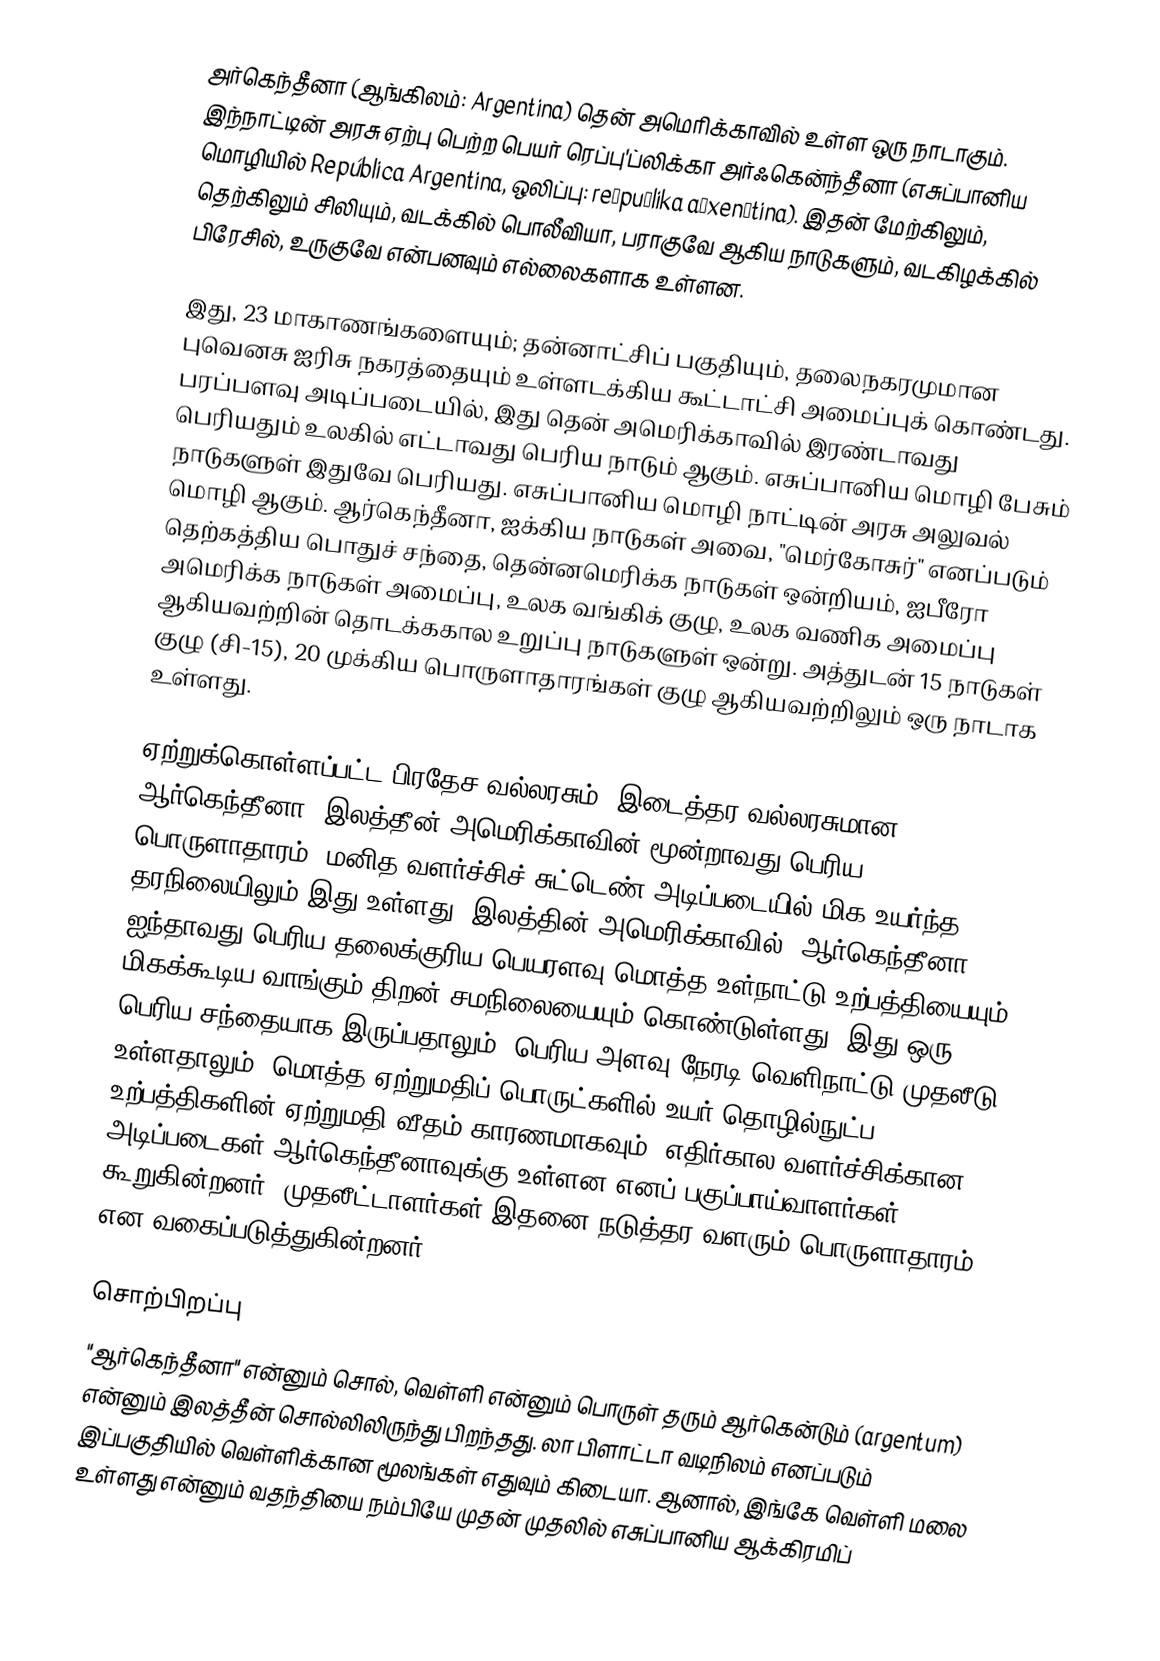
அர்கெந்தீனா (ஆங்கிலம்: Argentina) தென் அமெரிக்காவில் உள்ள ஒரு நாடாகும். இந்நாட்டின் அரசு ஏற்பு பெற்ற பெயர் ரெப்பு'ப்லிக்கா அர்ஃகென்ந்தீனா (எசுப்பானிய மொழியில் República Argentina, ஒலிப்பு: reˈpuβlika aɾxenˈtina). இதன் மேற்கிலும், தெற்கிலும் சிலியும், வடக்கில் பொலீவியா, பராகுவே ஆகிய நாடுகளும், வடகிழக்கில் பிரேசில், உருகுவே என்பனவும் எல்லைகளாக உள்ளன.

இது, 23 மாகாணங்களையும்; தன்னாட்சிப் பகுதியும், தலைநகரமுமான புவெனசு ஐரிசு நகரத்தையும் உள்ளடக்கிய கூட்டாட்சி அமைப்புக் கொண்டது. பரப்பளவு அடிப்படையில், இது தென் அமெரிக்காவில் இரண்டாவது பெரியதும் உலகில் எட்டாவது பெரிய நாடும் ஆகும். எசுப்பானிய மொழி பேசும் நாடுகளுள் இதுவே பெரியது. எசுப்பானிய மொழி நாட்டின் அரசு அலுவல் மொழி ஆகும். ஆர்கெந்தீனா, ஐக்கிய நாடுகள் அவை, "மெர்கோசுர்" எனப்படும் தெற்கத்திய பொதுச் சந்தை, தென்னமெரிக்க நாடுகள் ஒன்றியம், ஐபீரோ அமெரிக்க நாடுகள் அமைப்பு, உலக வங்கிக் குழு, உலக வணிக அமைப்பு ஆகியவற்றின் தொடக்ககால உறுப்பு நாடுகளுள் ஒன்று. அத்துடன் 15 நாடுகள் குழு (சி-15), 20 முக்கிய பொருளாதாரங்கள் குழு ஆகியவற்றிலும் ஒரு நாடாக உள்ளது.

ஏற்றுக்கொள்ளப்பட்ட பிரதேச வல்லரசும், இடைத்தர வல்லரசுமான ஆர்கெந்தீனா, இலத்தீன் அமெரிக்காவின் மூன்றாவது பெரிய பொருளாதாரம். மனித வளர்ச்சிச் சுட்டெண் அடிப்படையில் மிக உயர்ந்த தரநிலையிலும் இது உள்ளது. இலத்தின் அமெரிக்காவில், ஆர்கெந்தீனா ஐந்தாவது பெரிய தலைக்குரிய பெயரளவு மொத்த உள்நாட்டு உற்பத்தியையும், மிகக்கூடிய வாங்கும் திறன் சமநிலையையும் கொண்டுள்ளது. இது ஒரு பெரிய சந்தையாக இருப்பதாலும், பெரிய அளவு நேரடி வெளிநாட்டு முதலீடு உள்ளதாலும், மொத்த ஏற்றுமதிப் பொருட்களில் உயர் தொழில்நுட்ப உற்பத்திகளின் ஏற்றுமதி வீதம் காரணமாகவும், எதிர்கால வளர்ச்சிக்கான அடிப்படைகள் ஆர்கெந்தீனாவுக்கு உள்ளன எனப் பகுப்பாய்வாளர்கள் கூறுகின்றனர். முதலீட்டாளர்கள் இதனை நடுத்தர வளரும் பொருளாதாரம் என வகைப்படுத்துகின்றனர்.

சொற்பிறப்பு
"ஆர்கெந்தீனா" என்னும் சொல், வெள்ளி என்னும் பொருள் தரும் ஆர்கென்டும் (argentum) என்னும் இலத்தீன் சொல்லிலிருந்து பிறந்தது. லா பிளாட்டா வடிநிலம் எனப்படும் இப்பகுதியில் வெள்ளிக்கான மூலங்கள் எதுவும் கிடையா. ஆனால், இங்கே வெள்ளி மலை உள்ளது என்னும் வதந்தியை நம்பியே முதன் முதலில் எசுப்பானிய ஆக்கிரமிப்